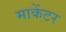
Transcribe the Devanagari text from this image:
माकेंटर